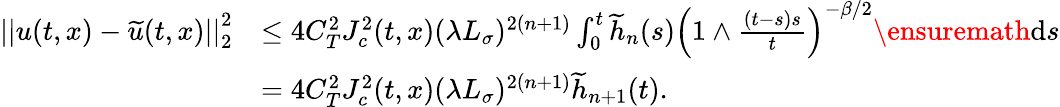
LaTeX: \begin{array}{rl}{\left|\left|u(t,x)-\widetilde{u}(t,x)\right|\right|_{2}^{2}}&{\le 4C_{T}^{2}J_{c}^{2}(t,x)(\lambda L_{\sigma})^{2(n+1)}\int_{0}^{t}\widetilde{h}_{n}(s)\left(1\wedge\frac{(t-s)s}{t}\right)^{-\beta/2}\ensuremath{\mathrm{d}}s}\\ &{=4C_{T}^{2}J_{c}^{2}(t,x)(\lambda L_{\sigma})^{2(n+1)}\widetilde{h}_{n+1}(t).}\end{array}